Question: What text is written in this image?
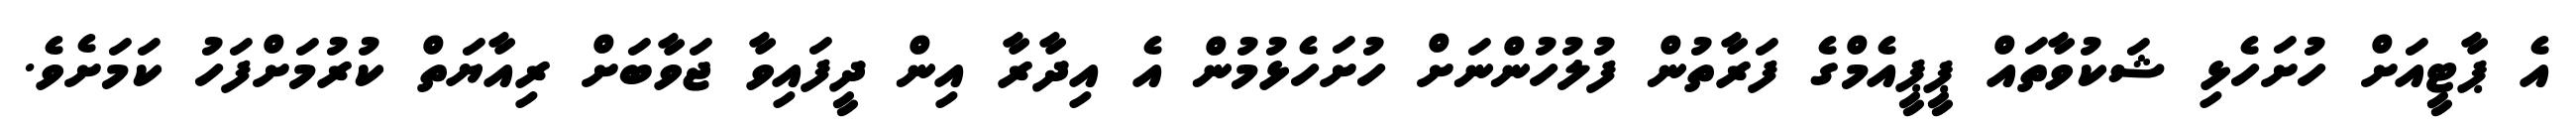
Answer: އެ ޕާޓީއަށް ހުށަހެޅި ޝަކުވާތައް ޕީޕީއެމްގެ ފަރާތުން ފުލުހުންނަށް ހުށަހެޅުމުން އެ އިދާރާ އިން ދީފައިވާ ޖަވާބަށް ރިއާޔަތް ކުރުމަށްފަހު ކަމަށެވެ.